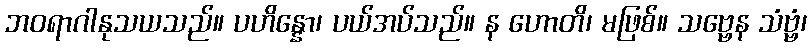
ဘဝရာဂါနုသယသည်။ ပဟိန္နော၊ ပယ်အပ်သည်။ န ဟောတိ၊ မဖြစ်။ သဗ္ဗေန သံဗ္ဗံ၊